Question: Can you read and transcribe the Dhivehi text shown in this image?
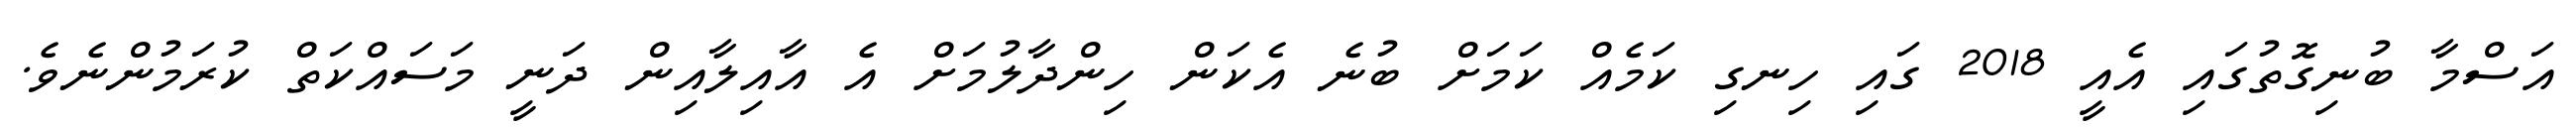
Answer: އަސްމާ ބުނިގޮތުގައި އެއީ 2018 ގައި ހިނގި ކަމެއް ކަމަށް ބުނެ އެކަން ހިންދާލުމަށް އެ އާއިލާއިން ދަނީ މަސައްކަތް ކުރަމުންނެވެ.